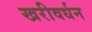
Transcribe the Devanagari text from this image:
खरीवर्धन